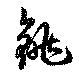
銚